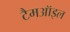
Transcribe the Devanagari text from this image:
टैमऑइल